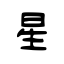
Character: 星